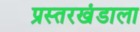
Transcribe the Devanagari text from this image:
प्रस्तरखंडाला